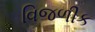
વિજળીક